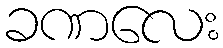
ခဏလေး